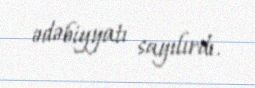
ədəbiyyatı sayılırdı.